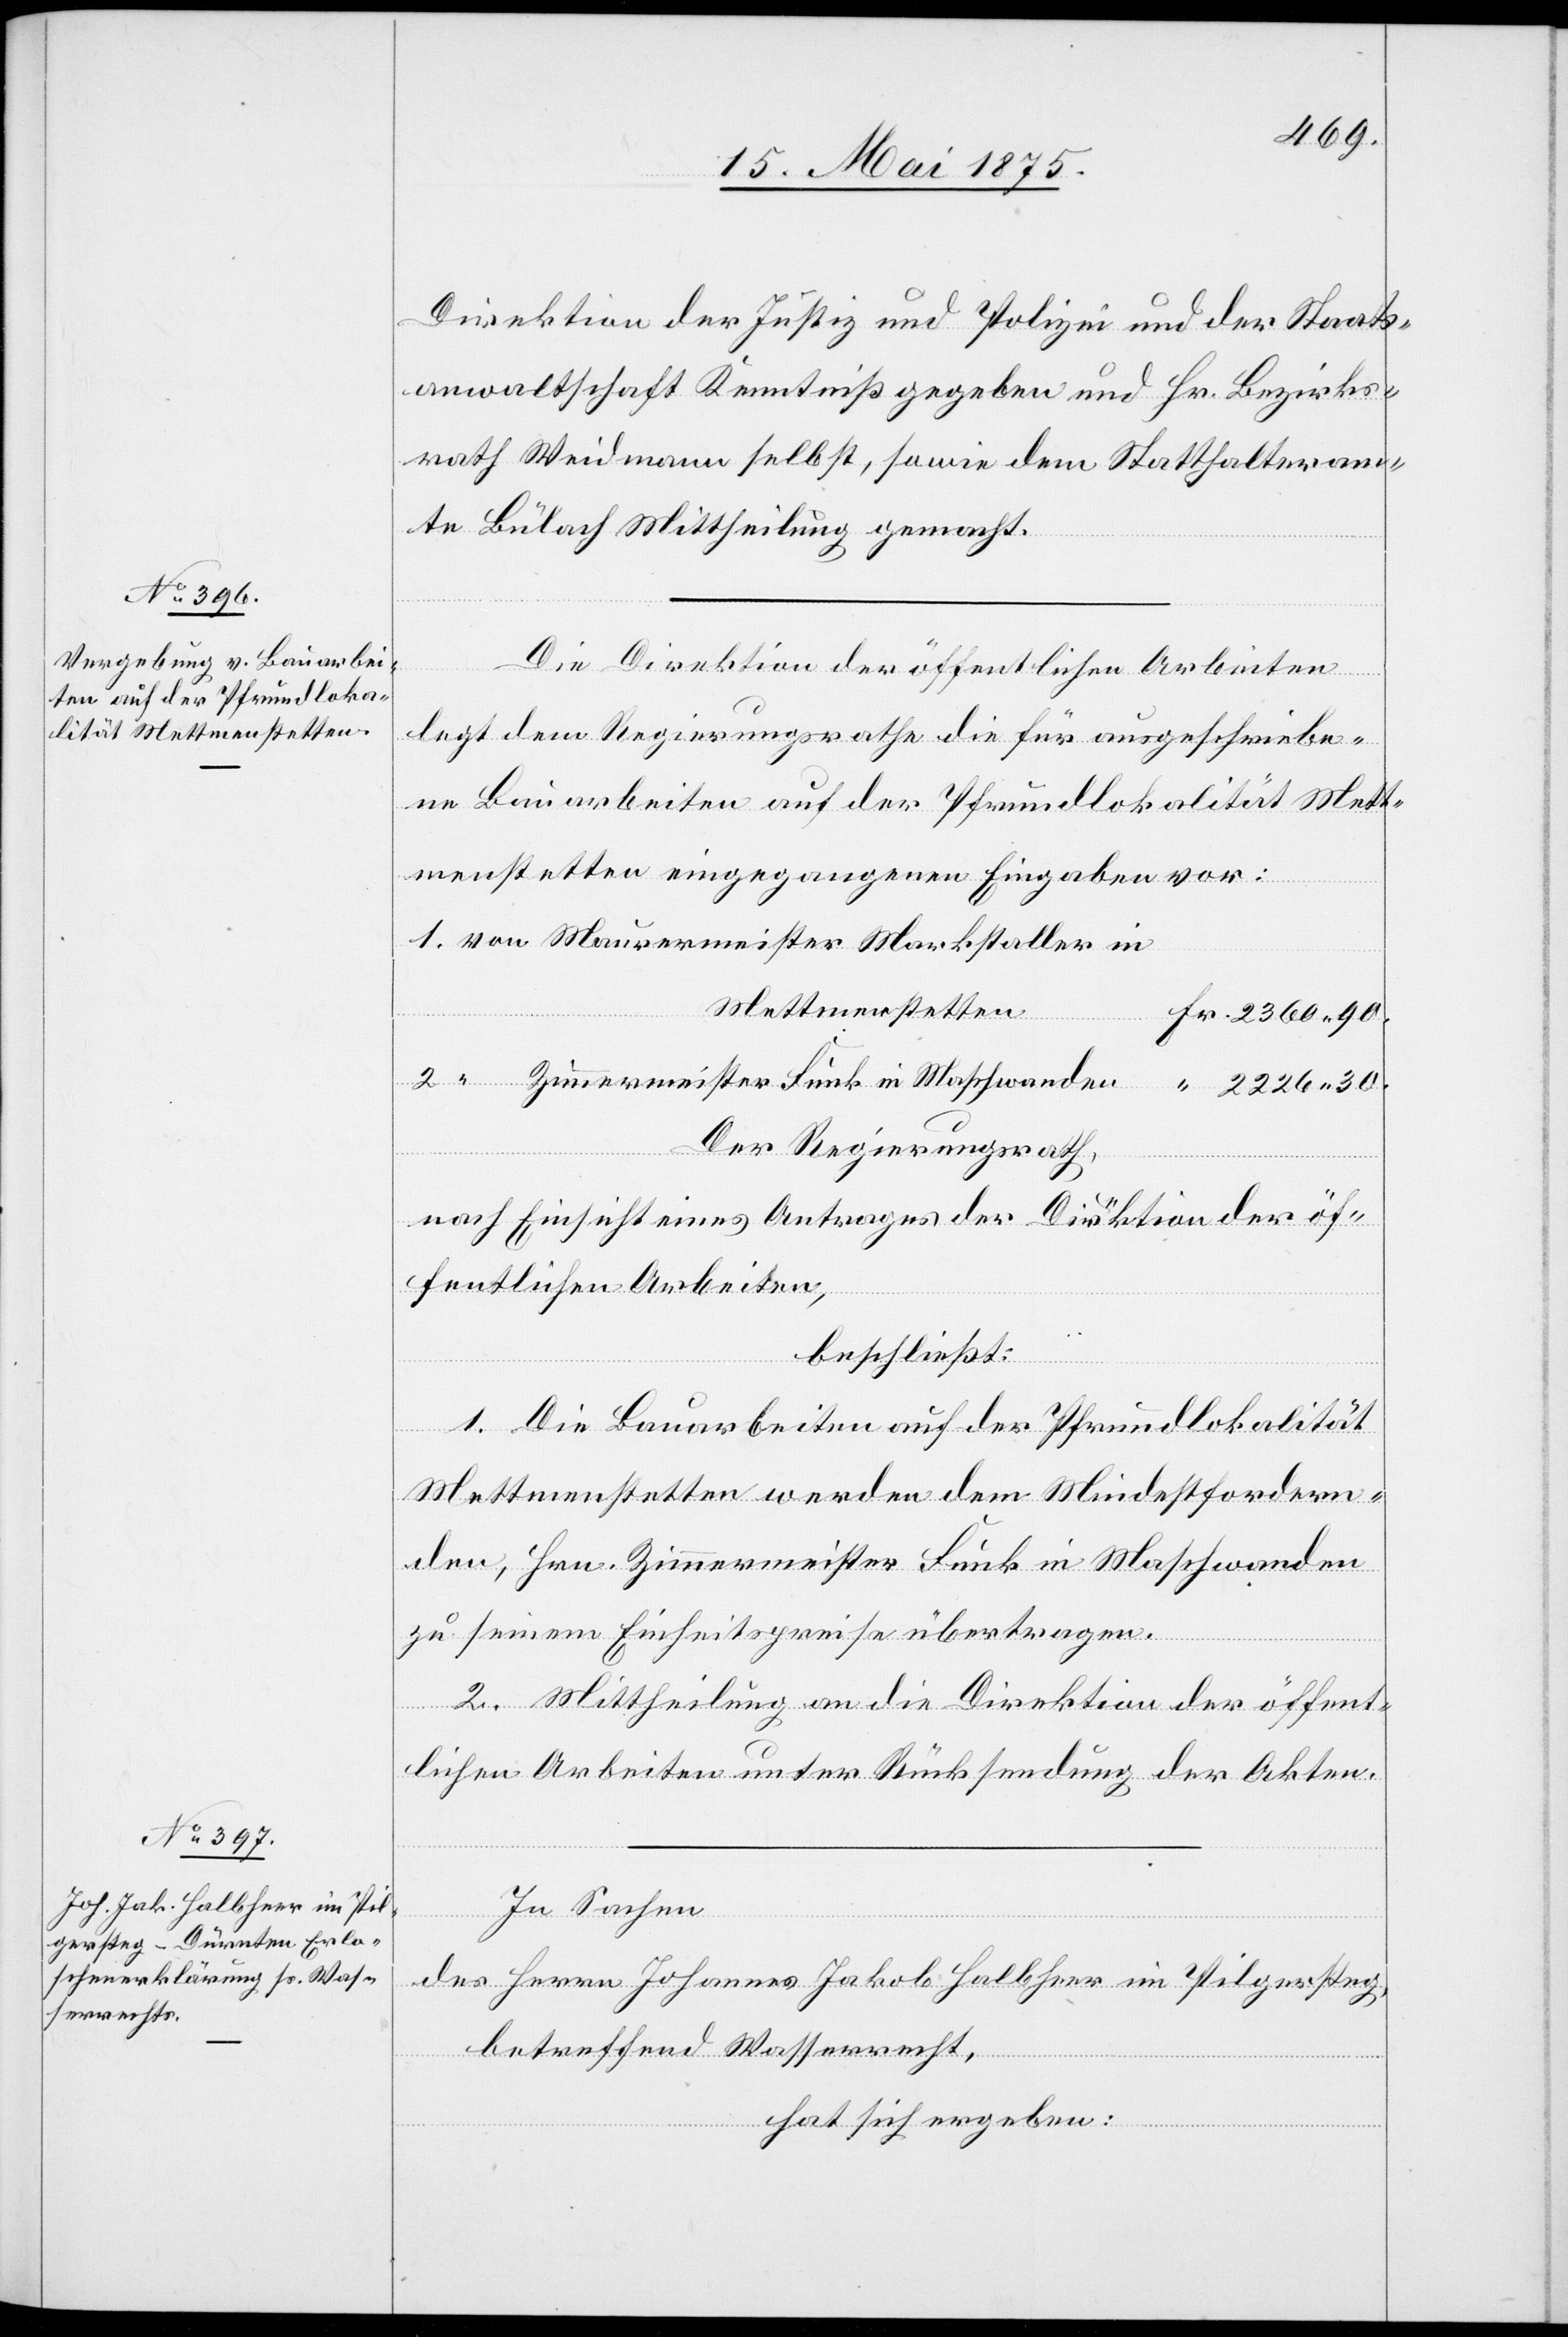
Direktion der Justiz und Polizei und der Staats¬
anwaltschaft Kenntniß gegeben und Hr. Bezirks¬
rath Weidmann selbst, sowie dem Statthalteram¬
te Bülach Mittheilung zu machen.
Die Direktion der öffentlichen Arbeiten
legt dem Regierungsrathe die für ausgeschriebe¬
ne Bauarbeiten auf der Pfrundlokalität Mett¬
menstetten eingegangenen Eingaben vor:
Mettmenstetten
Der Regierungsrath,
Maur¬
nach Einsicht eines Antrages der Direktion der öf¬
fentlichen Arbeiten,
in
beschließt:
wanden
1. Die Bauarbeiten der Pfrundlokalität
rmeister
Mettmenstetten werden dem Mindestfordern¬
den, Hrn. Zimmermeister Fink in Maschwanden
zu seinem Einheitspreise übertragen.
2. Mittheilung an die Direktion der öffent¬
lichen Arbeiten unter Rücksendung der Akten.
In Sachen
des Herrn Johannes Jakob Halbheer im Pilgersteg,
betreffend Wasserrecht,
hat sich ergeben:
2.